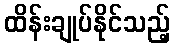
ထိန်းချုပ်နိုင်သည့်